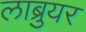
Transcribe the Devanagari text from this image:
लाब्रुयर